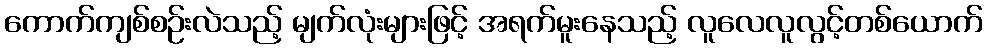
ကောက်ကျစ်စဉ်းလဲသည့် မျက်လုံးများဖြင့် အရက်မူးနေသည့် လူလေလူလွင့်တစ်ယောက်